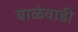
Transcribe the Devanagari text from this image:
बाळेवाडी